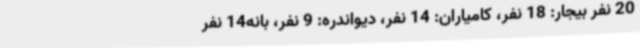
20 نفر بیجار: 18 نفر، کامیاران: 14 نفر، دیواندره: 9 نفر، بانه14 نفر